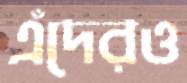
এঁদেরও